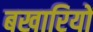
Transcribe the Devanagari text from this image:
बखारियों